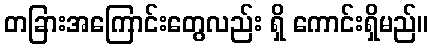
တခြားအကြောင်းတွေလည်း ရှိ ကောင်းရှိမည်။